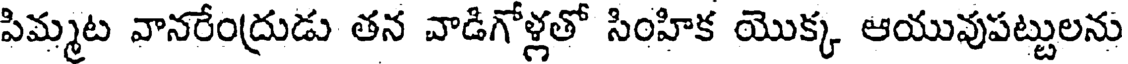
పిమ్మట వానరేంద్రుడు తన వాడిగోళ్లతో సింహిక యొక్క ఆయువుపట్టులను